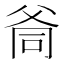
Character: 㸗